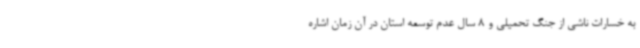
به خسارات ناشی از جنگ تحمیلی و 8 سال عدم توسعه استان در آن زمان اشاره